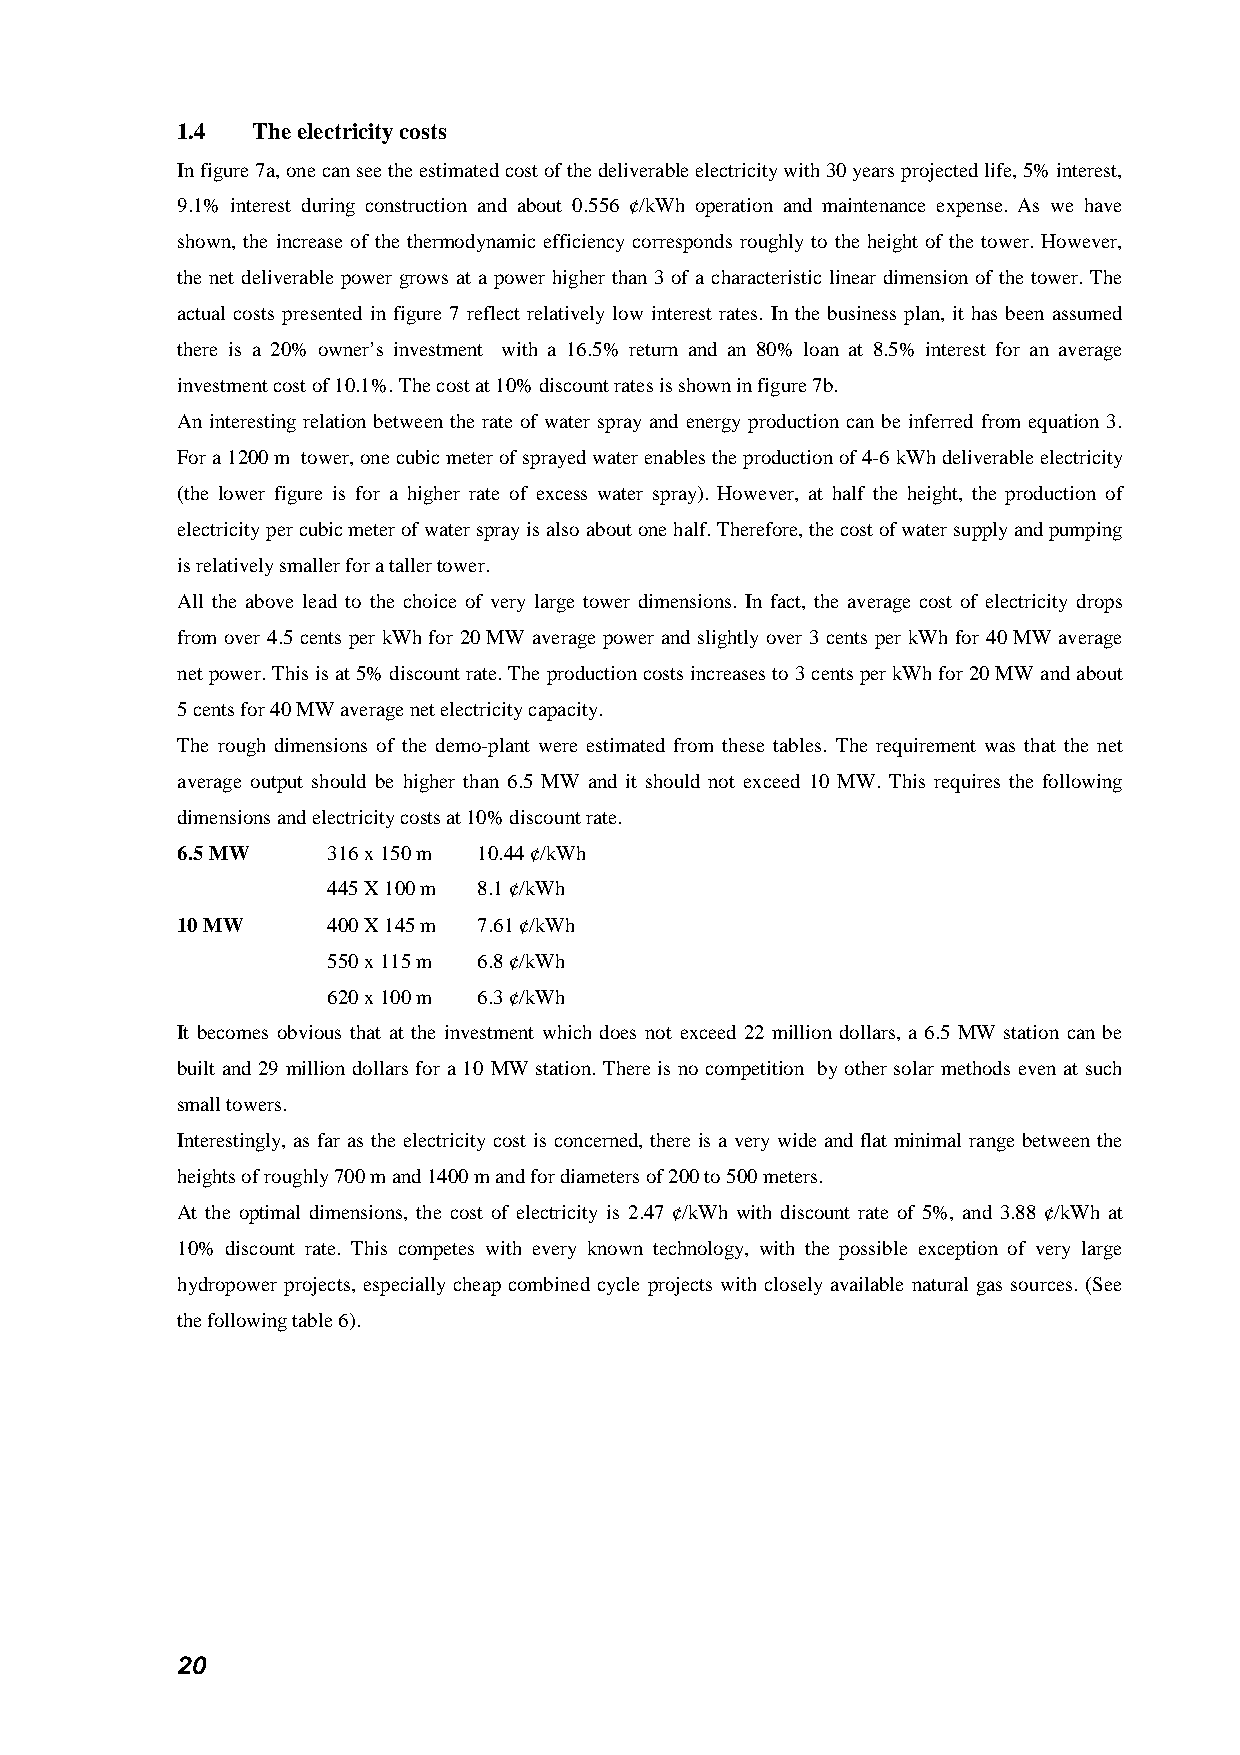
1.4  The electricity costs
 In figure 7a, one can see the estimated cost of the deliverable electricity with 30 years projected life, 5% interest,
 9.1% interest during construction and about 0.556 ¢/kWh operation and maintenance expense. As we have
 shown, the increase of the thermodynamic efficiency corresponds roughly to the height of the tower. However,
 the net deliverable power grows at a power higher than 3 of a characteristic linear dimension of the tower. The
 actual costs presented in figure 7 reflect relatively low interest rates. In the business plan, it has been assumed
 there is a 20% owner’s investment with a 16.5% return and an 80% loan at 8.5% interest for an average
 investment cost of 10.1%. The cost at 10% discount rates is shown in figure 7b.
 An interesting relation between the rate of water spray and energy production can be inferred from equation 3.
 For a 1200 m tower, one cubic meter of sprayed water enables the production of 4-6 kWh deliverable electricity
 (the lower figure is for a higher rate of excess water spray). However, at half the height, the production of
 electricity per cubic meter of water spray is also about one half. Therefore, the cost of water supply and pumping
 is relatively smaller for a taller tower.
 All the above lead to the choice of very large tower dimensions. In fact, the average cost of electricity drops
 from over 4.5 cents per kWh for 20 MW average power and slightly over 3 cents per kWh for 40 MW average
 net power. This is at 5% discount rate. The production costs increases to 3 cents per kWh for 20 MW and about
 5 cents for 40 MW average net electricity capacity.
 The rough dimensions of the demo-plant were estimated from these tables. The requirement was that the net
 average output should be higher than 6.5 MW and it should not exceed 10 MW. This requires the following
 dimensions and electricity costs at 10% discount rate.
 6.5 MW    316 x 150 m 10.44 ¢/kWh
 445 X 100 m 8.1 ¢/kWh
 10 MW     400 X 145 m 7.61 ¢/kWh
 550 x 115 m 6.8 ¢/kWh
 620 x 100 m 6.3 ¢/kWh
 It becomes obvious that at the investment which does not exceed 22 million dollars, a 6.5 MW station can be
 built and 29 million dollars for a 10 MW station. There is no competition by other solar methods even at such
 small towers.
 Interestingly, as far as the electricity cost is concerned, there is a very wide and flat minimal range between the
 heights of roughly 700 m and 1400 m and for diameters of 200 to 500 meters.
 At the optimal dimensions, the cost of electricity is 2.47 ¢/kWh with discount rate of 5%, and 3.88 ¢/kWh at
 10% discount rate. This competes with every known technology, with the possible exception of very large
 hydropower projects, especially cheap combined cycle projects with closely available natural gas sources. (See
 the following table 6).
 20